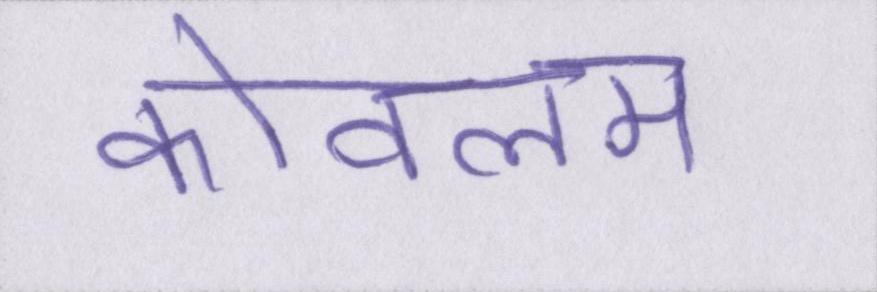
कोवलम